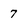
Character: 7